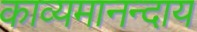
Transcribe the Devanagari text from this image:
काव्यमानन्दाय